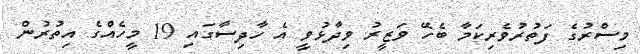
މިސްރުގެ ފަތުރުވެރިކަމާ ބެހޭ ވަޒީރު ވިދާޅުވީ އެ ހާދިސާގައި 19 މީހެއްގެ އިތުރުން